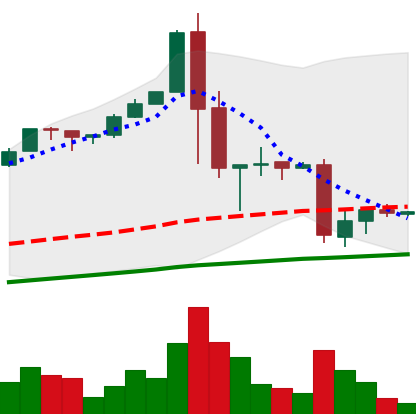
Ticker: BTC-USD
Chart end date: 2017-01-15
Forward return: 8.911%
Label: up_7plus